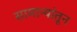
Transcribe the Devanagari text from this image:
सामान्यांतून